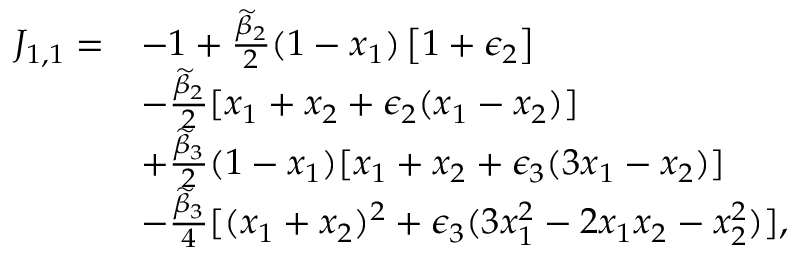
\begin{array} { r l } { J _ { 1 , 1 } = } & { - 1 + \frac { \widetilde { \beta } _ { 2 } } { 2 } ( 1 - x _ { 1 } ) \left[ 1 + \epsilon _ { 2 } \right] } \\ & { - \frac { \widetilde { \beta } _ { 2 } } { 2 } [ x _ { 1 } + x _ { 2 } + \epsilon _ { 2 } ( x _ { 1 } - x _ { 2 } ) ] } \\ & { + \frac { \widetilde { \beta } _ { 3 } } { 2 } ( 1 - x _ { 1 } ) [ x _ { 1 } + x _ { 2 } + \epsilon _ { 3 } ( 3 x _ { 1 } - x _ { 2 } ) ] } \\ & { - \frac { \widetilde { \beta } _ { 3 } } { 4 } [ ( x _ { 1 } + x _ { 2 } ) ^ { 2 } + \epsilon _ { 3 } ( 3 x _ { 1 } ^ { 2 } - 2 x _ { 1 } x _ { 2 } - x _ { 2 } ^ { 2 } ) ] , } \end{array}